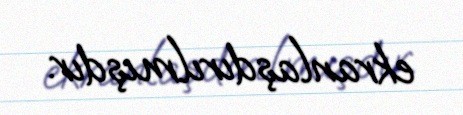
ekranlaşdırılmışdır.